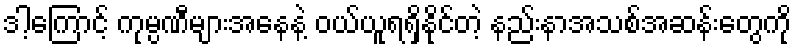
ဒါ့ကြောင့် ကုမ္ပဏီများအနေနဲ့ ဝယ်ယူရရှိနိုင်တဲ့ နည်းနာအသစ်အဆန်းတွေကို